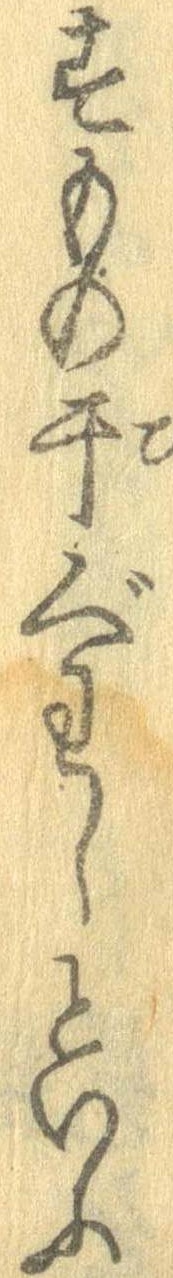
すもの干ぐわしといふ